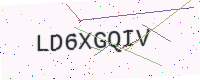
Text: LD6XGQIV